Bréfritari: Jóhann Friðrik Árnason
Viðtakandi: Jón Borgfirðings Jónsson
Dagsetning: A-1852-12-17
Skrifað á: Fjallalækjarseli  N-Þing.

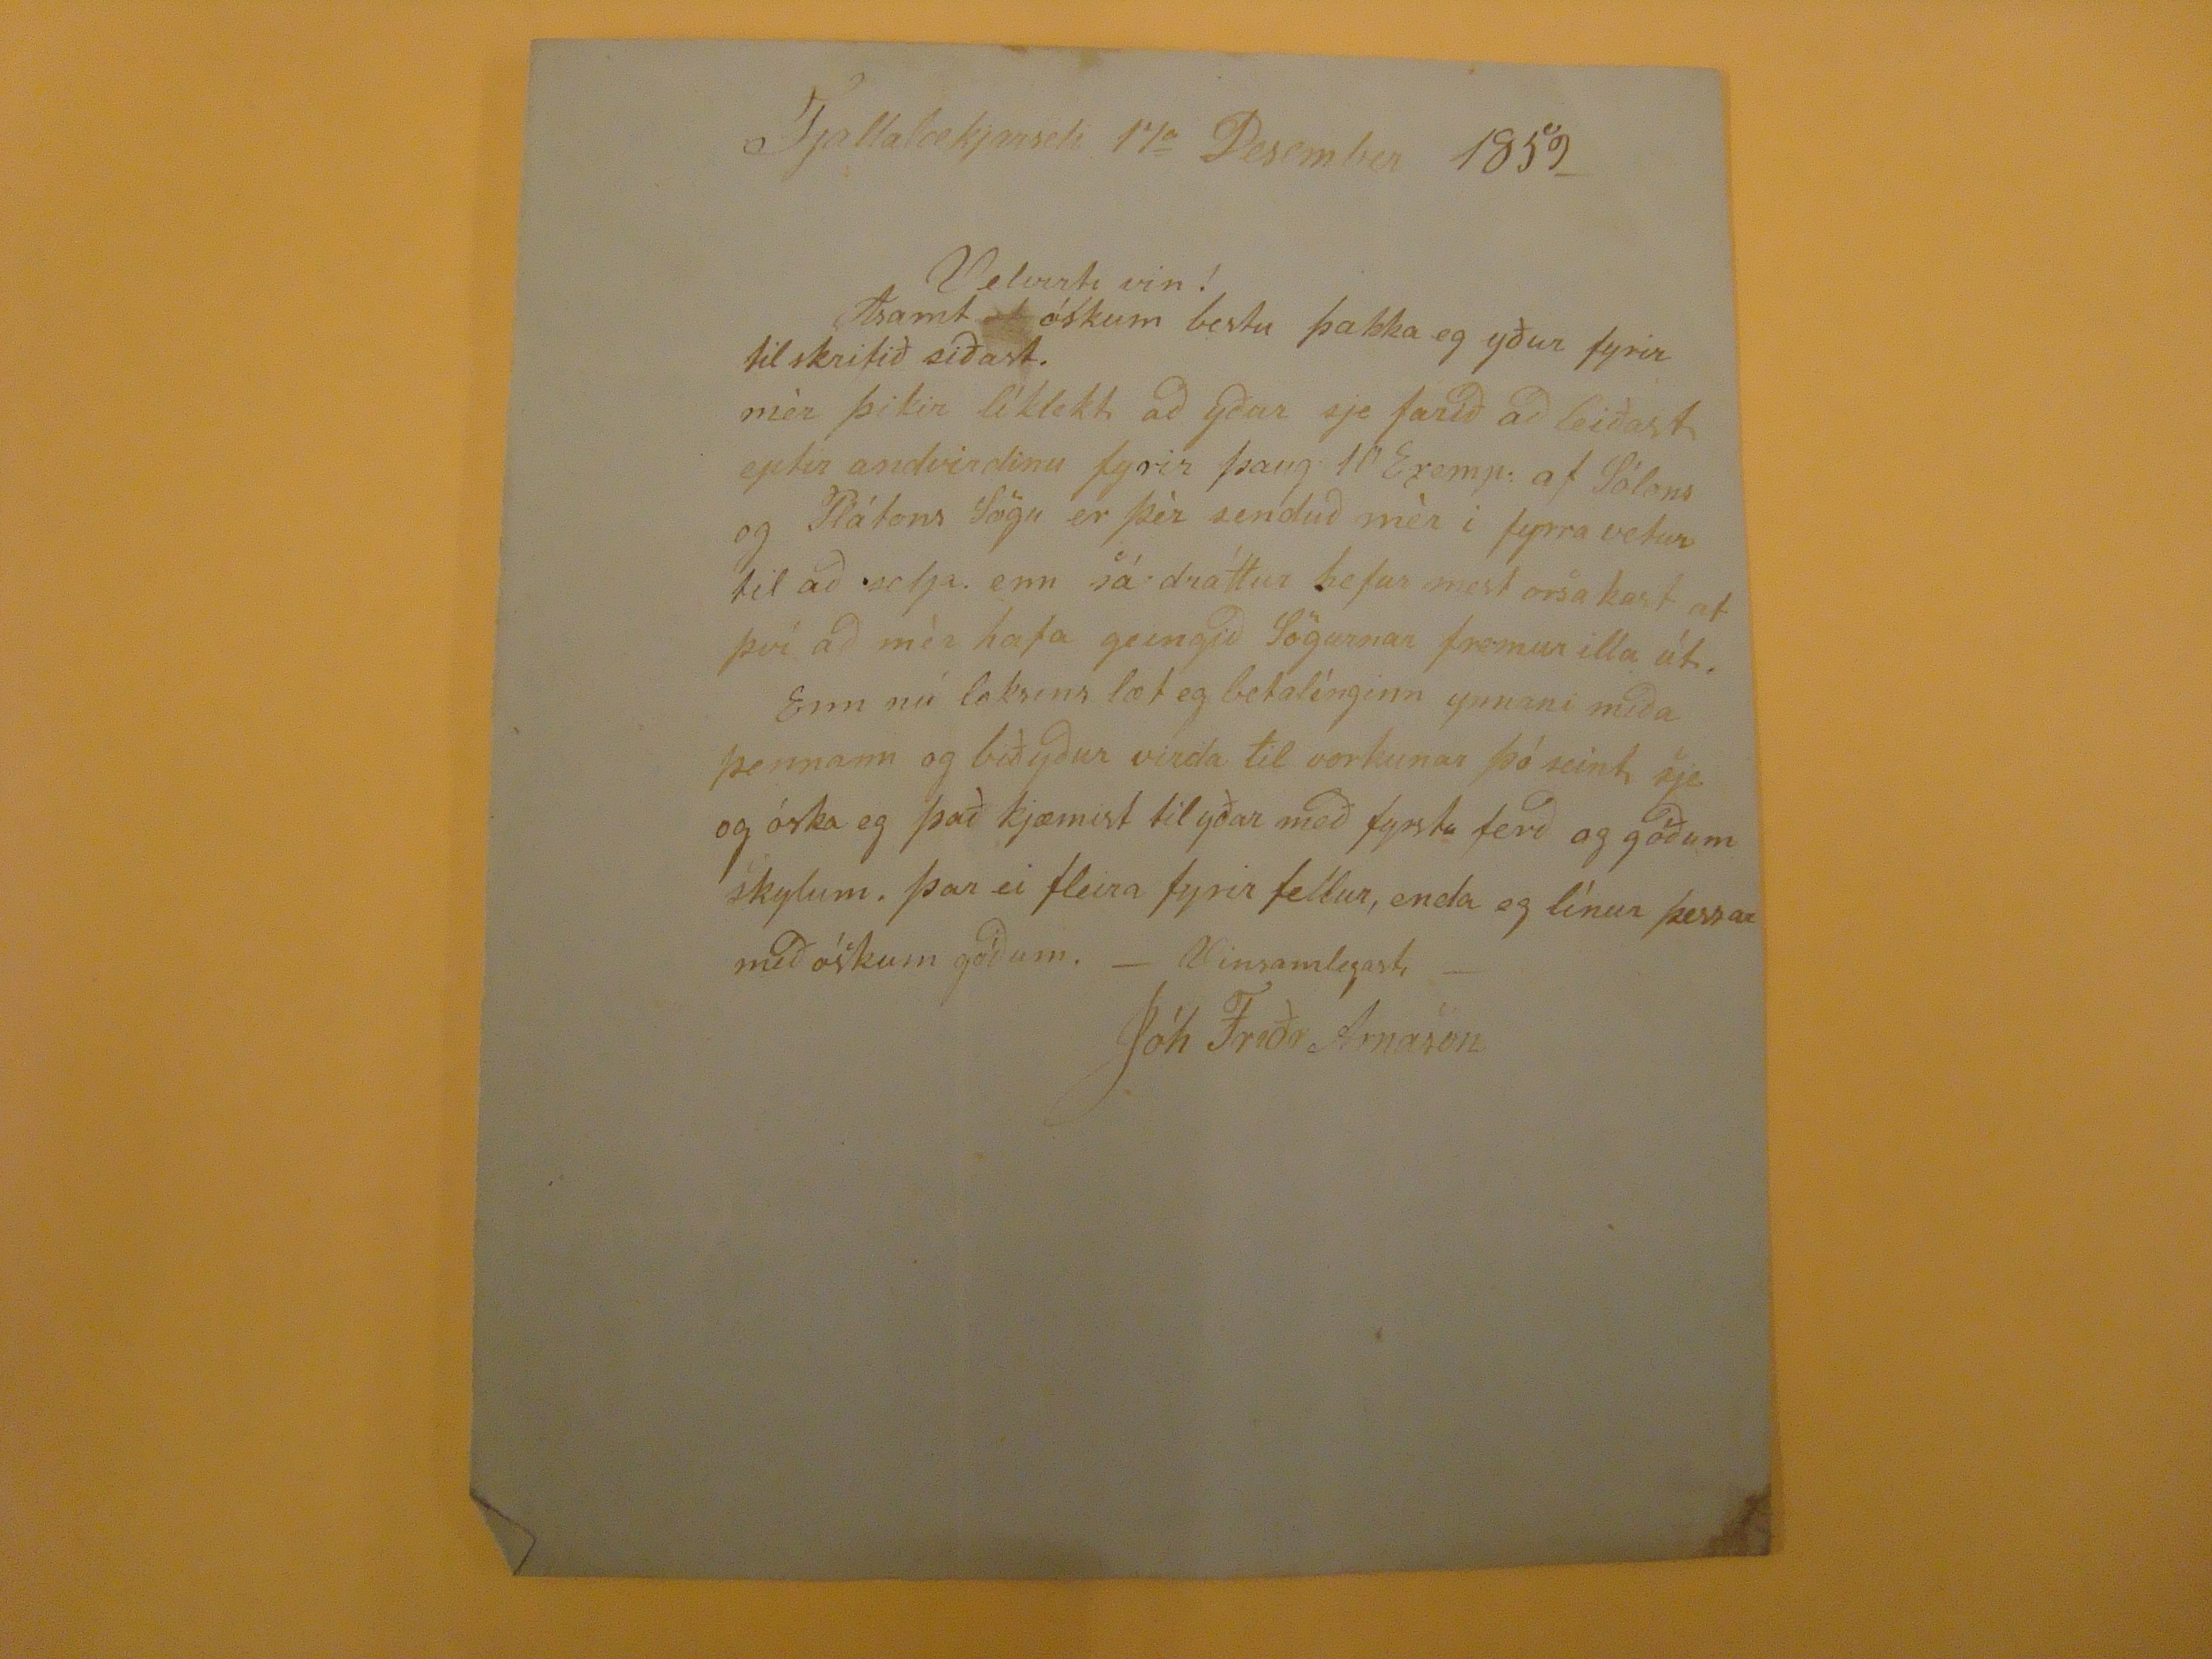

Fjallalækjarseli 17
a
Desember 1859_
Velvirti vin!
Asamt óskum bestu þakka eg yður fyrir til skrifið siðast. mér þikir líklekt að yður sje farið að leiðast eptir andvirdinu fyrir þaug 10 Exep. af Sólons og Plátons Sögu er þér senduð mér i fyrra vetur til að selja. enn sá dráttur hefur mest orsakast af því að mér hafa geingið Sögurnar fremur illa út. Enn nú loksins læt eg betatínginn ynnani miða þennann og biðyður virda til vorkunar þó seint sje og óska eg það kjæmist til yðar með fyrstu ferð og góðum skylum. þar ei fleira fyrir fellur, enda eg línur þessar með óskum góðum. - Vonsamlegast-
Jóh Friðr Arnason